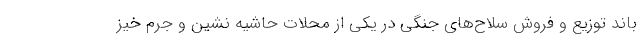
باند توزیع و فروش سلاح‌های جنگی در یکی از محلات حاشیه نشین و جرم خیز